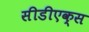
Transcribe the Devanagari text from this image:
सीडीएक्स